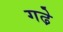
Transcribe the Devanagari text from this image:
गढे़